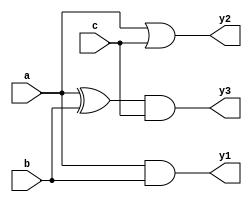
module combinational_logic (
    input wire a,
    input wire b,
    input wire c,
    output reg y1,
    output reg y2,
    output reg y3
);

always @(*)
begin
    // Default values for outputs
    y1 = 1'b0;
    y2 = 1'b0;
    y3 = 1'b0;

    // Combinational logic
    y1 = a & b;         // AND operation
    y2 = a | c;         // OR operation
    y3 = (a ^ b) & c;   // AND of XOR operation with c
end

endmodule